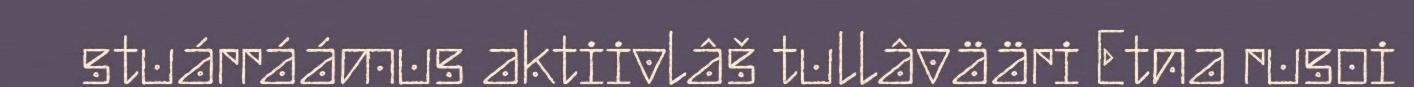
stuárráámus aktiivlâš tullâvääri Etna rusoi